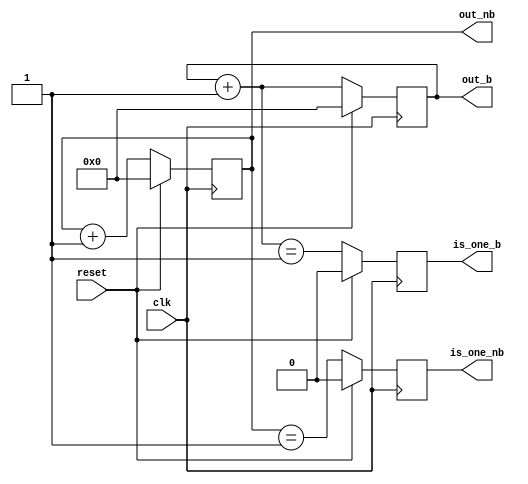
/* Generated by Yosys 0.9 (git sha1 1979e0b) */

(* cells_not_processed =  1  *)
(* src = "counter.v:1" *)
module counter(clk, reset, out_nb, out_b, is_one_nb, is_one_b);
  (* src = "counter.v:15" *)
  reg _00_;
  (* src = "counter.v:15" *)
  reg _01_;
  (* src = "counter.v:15" *)
  reg [7:0] _02_;
  (* src = "counter.v:15" *)
  reg [7:0] _03_;
  (* src = "counter.v:15" *)
  reg [7:0] _04_;
  (* src = "counter.v:22" *)
  wire [7:0] _05_;
  (* src = "counter.v:23" *)
  wire [7:0] _06_;
  (* src = "counter.v:25" *)
  wire _07_;
  (* src = "counter.v:26" *)
  wire _08_;
  (* src = "counter.v:13" *)
  reg buff_is_one_b;
  (* src = "counter.v:12" *)
  reg buff_is_one_nb;
  (* src = "counter.v:11" *)
  reg [7:0] buff_out_b;
  (* src = "counter.v:10" *)
  reg [7:0] buff_out_nb;
  (* src = "counter.v:2" *)
  input clk;
  (* src = "counter.v:7" *)
  output is_one_b;
  (* src = "counter.v:6" *)
  output is_one_nb;
  (* src = "counter.v:5" *)
  output [7:0] out_b;
  (* src = "counter.v:4" *)
  output [7:0] out_nb;
  (* src = "counter.v:3" *)
  input reset;
  assign _05_ = buff_out_nb + (* src = "counter.v:22" *) 8'h01;
  assign _06_ = buff_out_b + (* src = "counter.v:23" *) 8'h01;
  assign _07_ = buff_out_nb == (* src = "counter.v:25" *) 8'h01;
  assign _08_ = _06_ == (* src = "counter.v:26" *) 8'h01;
  always @* begin
    _03_ = buff_out_nb;
    _01_ = buff_is_one_nb;
    _00_ = buff_is_one_b;
    _02_ = _04_;
    (* src = "counter.v:16" *)
    casez (reset)
      /* src = "counter.v:16" */
      1'h1:
        begin
          _03_ = 8'h00;
          _04_ = 8'h00;
          _01_ = 1'h0;
          _00_ = 1'h0;
        end
      /* src = "counter.v:21" */
      default:
        begin
          _03_ = _05_;
          _04_ = _06_;
          _01_ = _07_;
          _00_ = _08_;
        end
    endcase
  end
  always @(posedge clk) begin
      buff_out_nb <= _03_;
      buff_out_b <= _02_;
      buff_is_one_nb <= _01_;
      buff_is_one_b <= _00_;
  end
  assign out_nb = buff_out_nb;
  assign out_b = buff_out_b;
  assign is_one_nb = buff_is_one_nb;
  assign is_one_b = buff_is_one_b;
endmodule